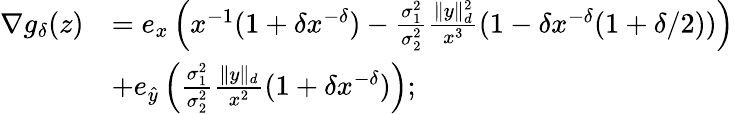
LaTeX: \begin{array}{rl}{\nabla g_{\delta}(z)}&{=e_{x}\left(x^{-1}(1+\delta x^{-\delta})-\frac{\sigma_{1}^{2}}{\sigma_{2}^{2}}\frac{\| y\| _{d}^{2}}{x^{3}}(1-\delta x^{-\delta}(1+\delta/2))\right)}\\ &{+e_{\hat{y}}\left(\frac{\sigma_{1}^{2}}{\sigma_{2}^{2}}\frac{\| y\| _{d}}{x^{2}}(1+\delta x^{-\delta})\right);}\end{array}